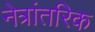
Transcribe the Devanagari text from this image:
नेत्रांतरिक